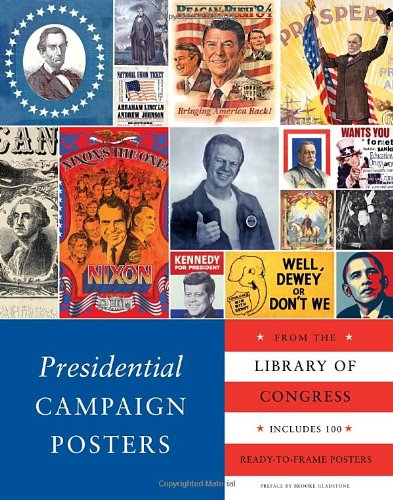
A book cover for Presidential Campaign Posters: Two Hundred Years of Election Art; The Library Of Congress; Crafts, Hobbies & Home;